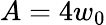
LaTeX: A=4w_{0}